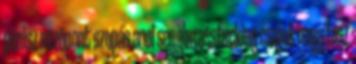
pénisz nézőpont szopás anal seggbe assfucking csajok nagy fasz